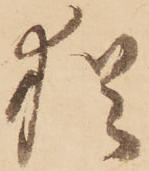
猶